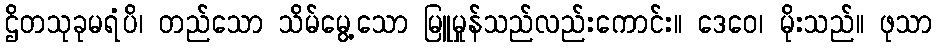
ဌိတသုခုမရံပိ၊ တည်သော သိမ်မွေ့သော မြူမှုန်သည်လည်းကောင်း။ ဒေဝေ၊ မိုးသည်။ ဖုသာ